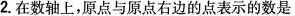
2.在数轴上，原点与原点右边的点表示的数是